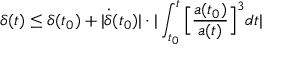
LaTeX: \delta ( t ) \leq \delta ( t _ { 0 } ) + | \dot { \delta } ( t _ { 0 } ) | \cdot | \int _ { t _ { 0 } } ^ { t } \Big [ \frac { a ( t _ { 0 } ) } { a ( t ) } \Big ] ^ { 3 } d t |